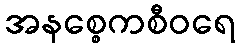
အနစ္စေကစီဝရေ